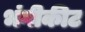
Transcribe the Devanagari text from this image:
भंगीकीट